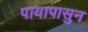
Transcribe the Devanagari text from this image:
पायापासुन